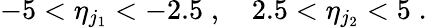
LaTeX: -5<\eta_{j_{1}}<-2.5\; ,\quad 2.5<\eta_{j_{2}}<5\; .